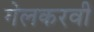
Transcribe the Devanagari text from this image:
गेलकरवी